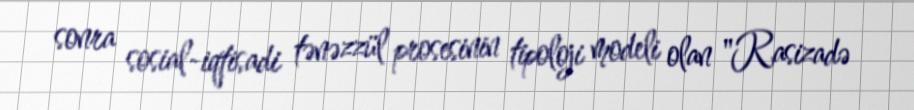
sonra sosial-iqtisadi tənəzzül prosesinin tipoloji modeli olan "Rasizadə